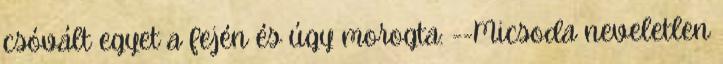
csóvált egyet a fején és úgy morogta: --Micsoda neveletlen